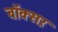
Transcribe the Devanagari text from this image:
बॉक्स़र